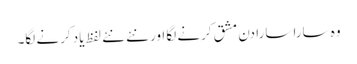
وہ سارا سارا دن مشق کرنے لگا اور نئے نئے لفظ یاد کرنے لگا۔